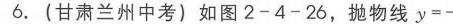
(合)